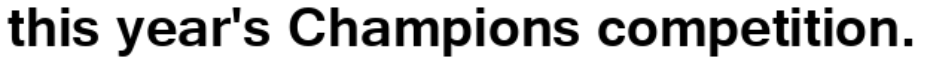
this year's Champions competition.